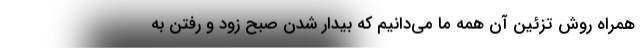
همراه روش تزئین آن همه ما می‌دانیم که بیدار شدن صبح زود و رفتن به